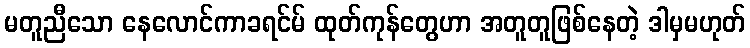
မတူညီသော နေလောင်ကာခရင်မ် ထုတ်ကုန်တွေဟာ အတူတူဖြစ်နေတဲ့ ဒါမှမဟုတ်